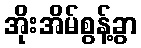
အိုးအိမ်စွန့်ခွာ